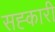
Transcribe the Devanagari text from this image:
सह्कारी